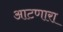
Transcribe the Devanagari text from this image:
आटणारा